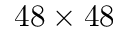
4 8 \times 4 8